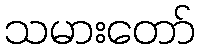
သမားတော်